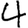
Digit: 4